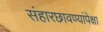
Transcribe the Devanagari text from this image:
संहारछावण्यांपेक्षा